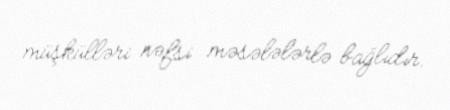
müşkülləri nəfsi məsələlərlə bağlıdır.